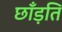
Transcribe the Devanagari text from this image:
छाँड़ति